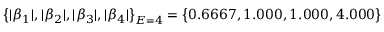
\big \{ | \beta _ { 1 } | , | \beta _ { 2 } | , | \beta _ { 3 } | , | \beta _ { 4 } | \big \} _ { E = 4 } = \big \{ 0 . 6 6 6 7 , 1 . 0 0 0 , 1 . 0 0 0 , 4 . 0 0 0 \big \}